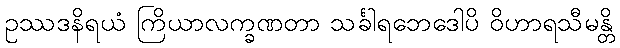
ဥဿဒနိရယံ ကြိယာလက္ခဏတာ သင်္ခါရဘေဒေါပိ ဝိဟာရသီမန္တိ